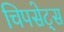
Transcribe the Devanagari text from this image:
चिपसेट्स